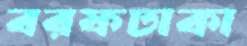
বরফঢাকা